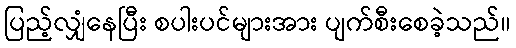
ပြည့်လျှံနေပြီး စပါးပင်များအား ပျက်စီးစေခဲ့သည်။